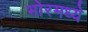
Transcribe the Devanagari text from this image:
भोरमध्ये